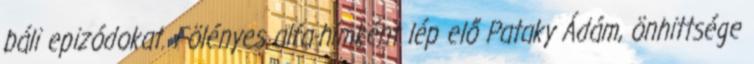
báli epizódokat. Fölényes alfa-hímként lép elő Pataky Ádám, önhittsége